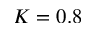
K = 0 . 8